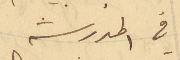
في المدرسة